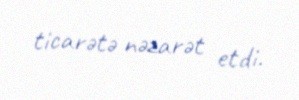
ticarətə nəzarət etdi.